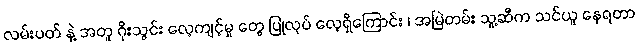
လမ်းပတ် နဲ့ အတူ ဂိုးသွင်း လေ့ကျင့်မှု တွေ ပြုလုပ် လေ့ရှိကြောင်း ၊ အမြဲတမ်း သူ့ဆီက သင်ယူ နေရတာ